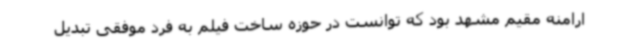
ارامنه مقیم مشهد بود که توانست در حوزه ساخت فیلم به فرد موفقی تبدیل